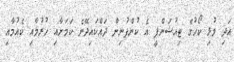
އަދި މުޅި ކޯހުގެ ޓިއުޝަންފީ އެ ކުންފުނިން ދައްކައިދޭނެ ކަމަށާއި ހުރުމާއި ކެއުމާއި